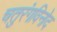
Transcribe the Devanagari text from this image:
चतुरंगविनोद